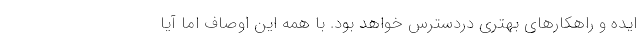
ایده و راهکار‌های بهتری دردسترس خواهد بود. با همه این اوصاف اما آیا